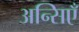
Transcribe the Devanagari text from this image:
अन्सिएँ